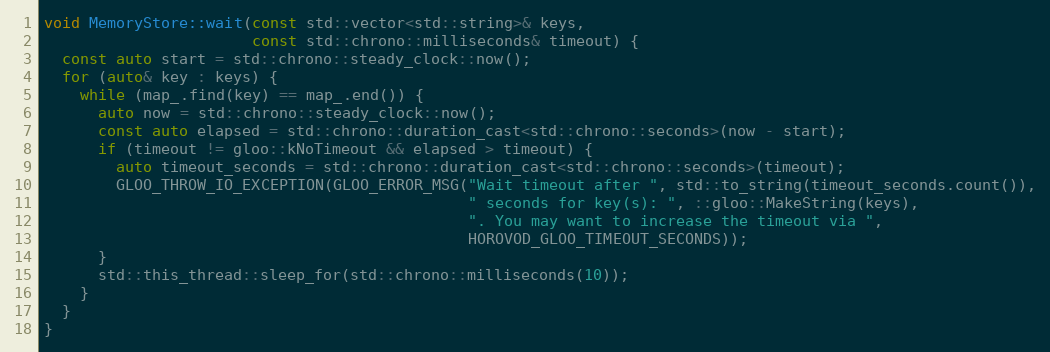
Language: C++
void MemoryStore::wait(const std::vector<std::string>& keys,
                       const std::chrono::milliseconds& timeout) {
  const auto start = std::chrono::steady_clock::now();
  for (auto& key : keys) {
    while (map_.find(key) == map_.end()) {
      auto now = std::chrono::steady_clock::now();
      const auto elapsed = std::chrono::duration_cast<std::chrono::seconds>(now - start);
      if (timeout != gloo::kNoTimeout && elapsed > timeout) {
        auto timeout_seconds = std::chrono::duration_cast<std::chrono::seconds>(timeout);
        GLOO_THROW_IO_EXCEPTION(GLOO_ERROR_MSG("Wait timeout after ", std::to_string(timeout_seconds.count()),
                                               " seconds for key(s): ", ::gloo::MakeString(keys),
                                               ". You may want to increase the timeout via ",
                                               HOROVOD_GLOO_TIMEOUT_SECONDS));
      }
      std::this_thread::sleep_for(std::chrono::milliseconds(10));
    }
  }
}